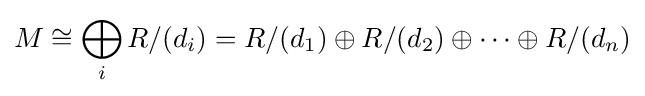
M\cong \bigoplus _{i}R/(d_{i})=R/(d_{1})\oplus R/(d_{2})\oplus \cdots \oplus R/(d_{n})